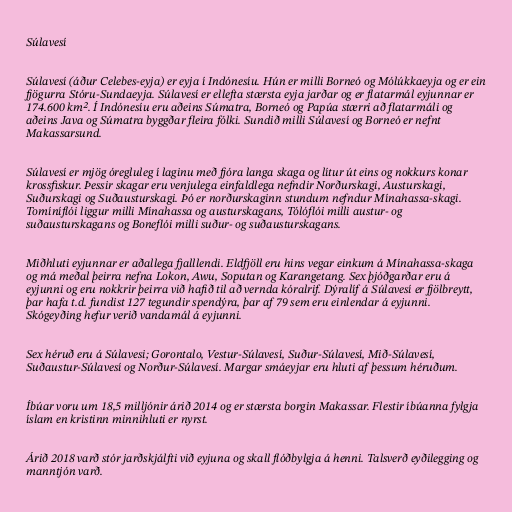
Súlavesí

Súlavesí (áður Celebes-eyja) er eyja í Indónesíu. Hún er milli Borneó og Mólúkkaeyja og er ein
fjögurra Stóru-Sundaeyja. Súlavesí er ellefta stærsta eyja jarðar og er flatarmál eyjunnar er
174.600 km². Í Indónesíu eru aðeins Súmatra, Borneó og Papúa stærri að flatarmáli og
aðeins Java og Súmatra byggðar fleira fólki. Sundið milli Súlavesí og Borneó er nefnt
Makassarsund.

Súlavesí er mjög óregluleg í laginu með fjóra langa skaga og lítur út eins og nokkurs konar
krossfiskur. Þessir skagar eru venjulega einfaldlega nefndir Norðurskagi, Austurskagi,
Suðurskagi og Suðausturskagi. Þó er norðurskaginn stundum nefndur Mínahassa-skagi.
Tomíníflói liggur milli Mínahassa og austurskagans, Tólóflói milli austur- og
suðausturskagans og Boneflói milli suður- og suðausturskagans.

Miðhluti eyjunnar er aðallega fjalllendi. Eldfjöll eru hins vegar einkum á Mínahassa-skaga
og má meðal þeirra nefna Lokon, Awu, Soputan og Karangetang. Sex þjóðgarðar eru á
eyjunni og eru nokkrir þeirra við hafið til að vernda kóralrif. Dýralíf á Súlavesí er fjölbreytt,
þar hafa t.d. fundist 127 tegundir spendýra, þar af 79 sem eru einlendar á eyjunni.
Skógeyðing hefur verið vandamál á eyjunni.

Sex héruð eru á Súlavesi; Gorontalo, Vestur-Súlavesí, Suður-Súlavesí, Mið-Súlavesí,
Suðaustur-Súlavesí og Norður-Súlavesí. Margar smáeyjar eru hluti af þessum héruðum.

Íbúar voru um 18,5 milljónir árið 2014 og er stærsta borgin Makassar. Flestir íbúanna fylgja
íslam en kristinn minnihluti er nyrst.

Árið 2018 varð stór jarðskjálfti við eyjuna og skall flóðbylgja á henni. Talsverð eyðilegging og
manntjón varð.